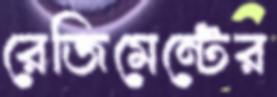
রেজিমেন্টের